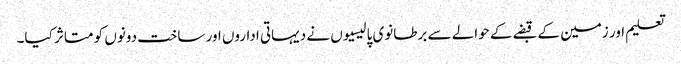
تعلیم اور زمین کے قبضے کے حوالے سے برطانوی پالیسیوں نے دیہاتی اداروں اور ساخت دونوں کو متاثر کیا۔